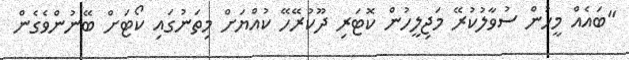
"ބައެއް މީހުން ސުވާލުކުރޭ މަޖިލީހުން ކޮޓަރި ދޫކުރޭހޭ ކުއްޔަށް މިތަނުގައި ކޯޓަށް ބޭނުންވެގެން